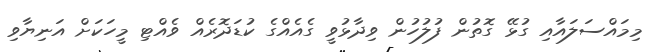
މިމައްސަލައާއި ގުޅޭ ގޮތުން ފުލުހުން ވިދާޅުވީ ގެއެއްގެ ކުޑަދޮރެއް ވެއްޓި މީހަކަށް އަނިޔާވި